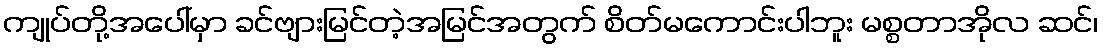
ကျုပ်တို့အပေါ်မှာ ခင်ဗျားမြင်တဲ့အမြင်အတွက် စိတ်မကောင်းပါဘူး မစ္စတာအိုလ ဆင်၊